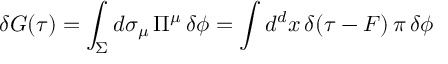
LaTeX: \delta G ( \tau ) = \int _ { \Sigma } d \sigma _ { \mu } \, \Pi ^ { \mu } \, \delta \phi = \int d ^ { d } x \, \delta ( \tau - F ) \, \pi \, \delta \phi \;